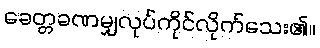
ခေတ္တခဏမျှလုပ်ကိုင်လိုက်သေး၏။